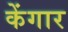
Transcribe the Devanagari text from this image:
केंगार